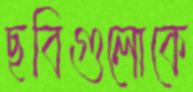
ছবিগুলোকে